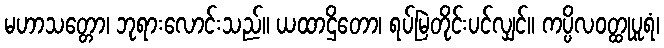
မဟာသတ္တော၊ ဘုရားလောင်းသည်။ ယထာဌိတော၊ ရပ်မြဲတိုင်းပင်လျှင်။ ကပ္ပိလဝတ္ထုပူရံ၊